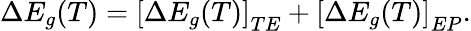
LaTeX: \Delta E_{g}(T)=\left[\Delta E_{g}(T)\right]_{TE}+\left[\Delta E_{g}(T)\right]_{EP}.